Civil Veterinary Dept. Bombay admin report 1900-1906 - 1900-1906
Year: 1900
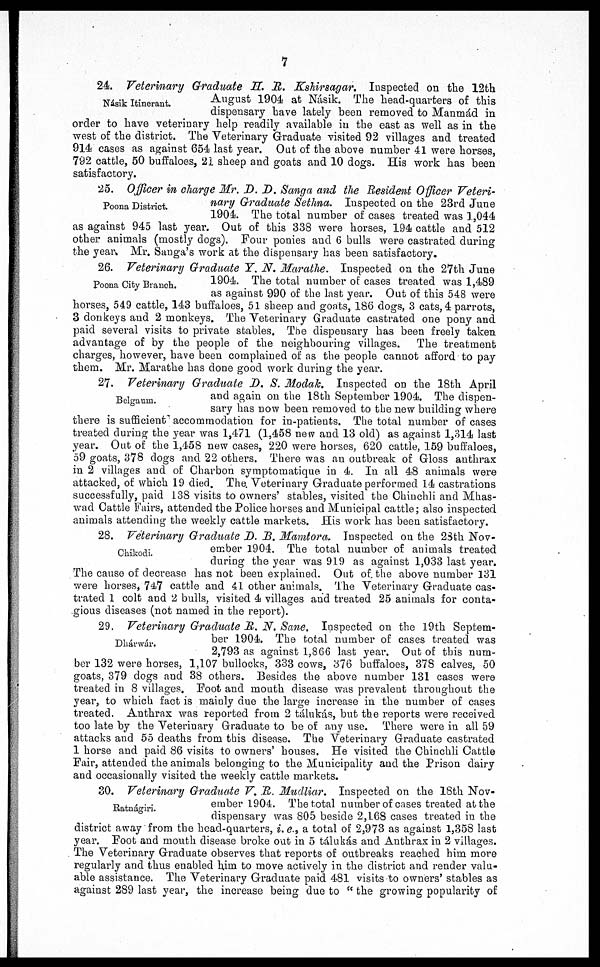
7
Násik Itinerant.
24. Veterinary Graduate H. R. Kshirsagar. Inspected on the 12th
August 1904 at Násik. The head-quarters of this
dispensary have lately been removed to Manmád in
order to have veterinary help readily available in the east as well as in the
west of the district. The Veterinary Graduate visited 92 villages and treated
914 cases as against 654 last year. Out of the above number 41 were horses,
792 cattle, 60 buffaloes, 21 sheep and goats and 10 dogs. His work has been
satisfactory.
Poona District.
25. Officer in charge Mr. D. D. Sanga and the Resident Officer Veteri-
nary Graduate Sethna. Inspected on the 23rd June
1904. The total number of cases treated was 1,044
as against 945 last year. Out of this 338 were horses, 194 cattle and 512
other animals (mostly dogs). Four ponies and 6 bulls were castrated during
the year. Mr. Sanga's work at the dispensary has been satisfactory.
Poona City Branch.
26. Veterinary Graduate T. N. Marathe. Inspected on the 27th June
1904. The total number of cases treated was 1,489
as against 990 of the last year. Out of this 548 were
horses, 549 cattle, 143 buffaloes, 51 sheep and goats, 186 dogs, 3 cats, 4 parrots,
3 donkeys and 2 monkeys. The Veterinary Graduate castrated one pony and
paid several visits to private stables. The dispensary has been freely taken
advantage of by the people of the neighbouring villages. The treatment
charges, however, have been complained of as the people cannot afford to pay
them. Mr. Marathe has done good work during the year.
Belgaum.
27. Veterinary Graduate D. S. Modak. Inspected on the 18th April
and again on the 18th September 1904. The dispen-
sary has now been removed to the new building where
there is sufficient accommodation for in-patients. The total number of cases
treated during the year was 1,471 (1,458 new and 13 old) as against 1,314 last
year. Out of the 1,45S new cases, 220 were horses, 620 cattle, 159 buffaloes,
59 goats, 378 clogs and 22 others. There was an outbreak of Gloss anthrax
in 2 villages and of Charbon symptomatique in 4. In all 48 animals were
attacked, of which 19 died. The. Veterinary Graduate performed 14 castrations
successfully, paid 138 visits to owners' stables, visited the Chinchli and Mhas-
wad Cattle Fairs, attended the Police horses and Municipal cattle; also inspected
animals attending the weekly cattle markets. His work has been satisfactory.
Chikodi.
28. Veterinary Graduate D. B. Mamtora. Inspected on the 23th Nov-
ember 1904. The total number of animals treated
during the year was 919 as against 1,033 last year.
The cause of decrease has not been explained. Out of. the above number 131
were horses, 747 cattle and 41 other animals. The Veterinary Graduate cas-
trated 1 colt and 2 bulls, visited 4 villages and treated 25 animals for conta-
gious diseases (not named in the report).
Dhárwár.
29. Veterinary Graduate R. N. Sane. Inspected on the 19th Septem-
ber 1904. The total number of cases treated was
2,793 as against 1,866 last year. Out of this num-
ber 132 were horses, 1,107 bullocks, 333 cows, 376 buffaloes, 378 calves, 50
goats, 379 dogs and 38 others. Besides the above number 131 cases were
treated in 8 villages. Foot and mouth disease was prevalent throughout the
year, to which fact is mainly due the large increase in the number of cases
treated. Anthrax was reported from 2 tálukás, but the reports were received
too late by the Veterinary Graduate to be of any use. There were in all 59
attacks and 55 deaths from this disease. The Veterinary Graduate castrated
1 horse and paid 86 visits to owners' houses. He visited the Chinchli Cattle
Fair, attended the animals belonging to the Municipality and the Prison dairy
and occasionally visited the weekly cattle markets.
Ratnágiri.
30. Veterinary Graduate V. R. Mudliar. Inspected on the 18th Nov-
ember 1904. The total number of cases treated at the
dispensary was 805 beside 2,168 cases treated in the
district away from the head-quarters, i. e., a total of 2,973 as against 1,358 last
year. Foot and mouth disease broke out in 5 tálukás and Anthrax in 2 villages.
The Veterinary Graduate observes that reports of outbreaks reached him more
regularly and thus enabled him to move actively in the district and render valu-
able assistance. The Veterinary Graduate paid 481 visits to owners' stables as
against 289 last year, the increase being duo to "the growing popularity of